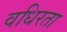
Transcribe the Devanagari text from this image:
वधिरता